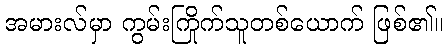
အမားလ်မှာ ကွမ်းကြိုက်သူတစ်ယောက် ဖြစ်၏။